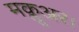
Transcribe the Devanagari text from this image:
मक्लूअर।